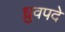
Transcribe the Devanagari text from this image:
ध्रुवपदे